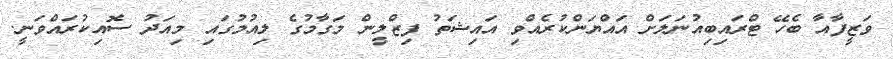
ވަޒީފާއާ ބެހޭ ޓްރައިބިއުނަލަށް އައްޔަންކުރެއްވި އައިޝަތު ފިޒްލީން މަގާމުގެ ލިއުމުގައި މިއަދު ސޮއިކުރައްވަނީ.